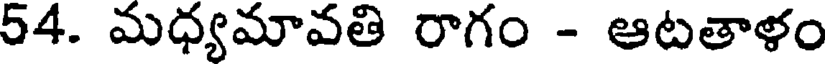
54. మధ్యమావతి రాగం - ఆటతాళం